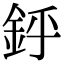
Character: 䤣